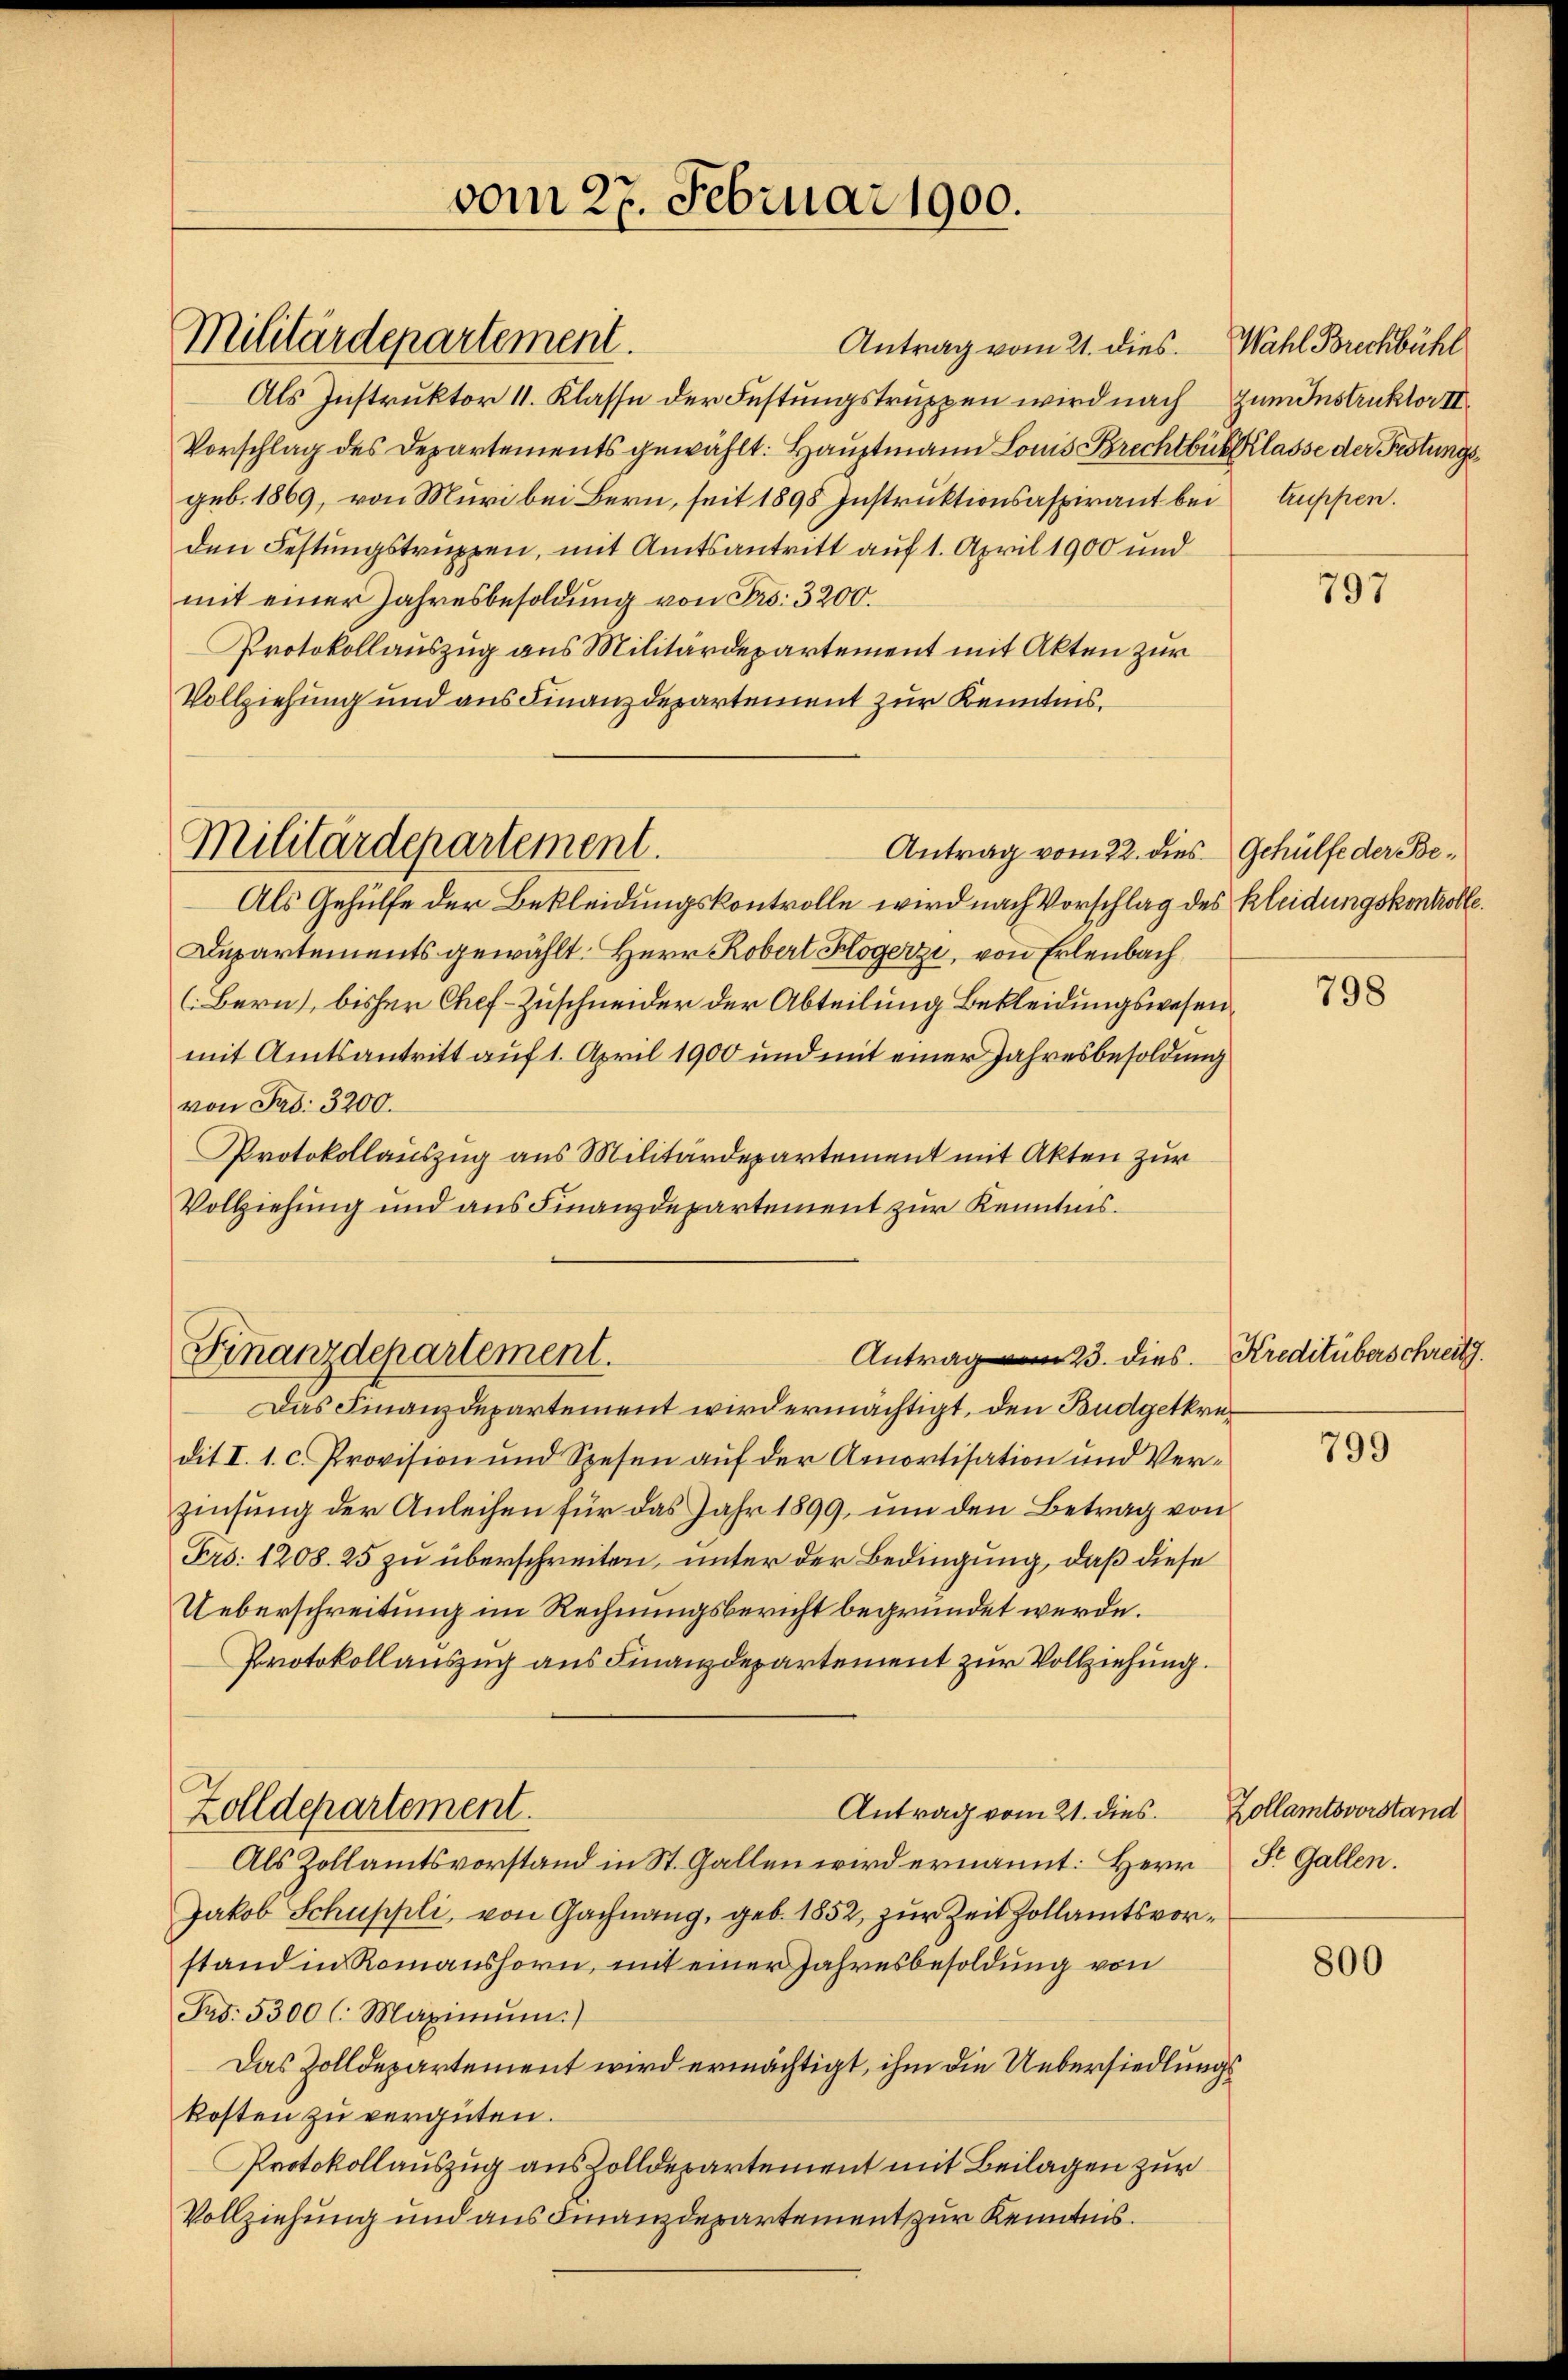
Militärdepartement.

Antrag vom 21. dies. Wahl Brechbühl
Als Instruktor 11. Klasse der Festungstruppen wird nach Gum Instruktor II
Vorschlag des Departements gewählt: Hauptmann Louis Brechtbühl lasse der Festungsgeb. 1869, von Muri bei Bern, seit 1898 Instruktionsaspirant bei truppen.
den Festungstruppen, mit Amtsantritt auf 1. April 1900 und
mit einer Jahresbesoldung von Frs. 3200.
Protokollauszug aus Militärdepartement mit Akten zur
Vollziehung und aus Finanzdepartement zur Kenntnis.
Antrag vom 22. dies Gehülfe der Be¬
Als Gehülfe der Bekleidungskontrolle wird nach Vorschlag des Kleidungskontrolle
Departements gewählt. Herr Robert Hogerzi, von Erlenbach
(Bern, bisher Chef-Zuschneider der Abteilung Bekleidungswesenmit Amtsantritt auf 1. April 1900 und mit einer Jahresbesoldung
von Jad: 3200.
Protokollauszug aus Militärdepartement mit Akten zur
Vollziehung und aus Finanzdepartement zur Kenntnis.
Antrag vom 23. dies. Kreditüberschreitg
Finanzdepartement.
Das Finanzdepartement wird ermächtigt, den Budgetkredit I. 1. c. Provision und Spesen auf der Amortisation und Verzinsung der Anleihen für das Jahr 1899, um den Betrag von
Fro: 1208. 25 zu überschreiten, unter der Bedingung, daß diese
Ueberschreitung im Rechnungsbericht begründet werde.
Protokollauszug aus Finanzdepartement zur Vollziehung.
Zolldepartement.
Antrag vom 21. dies
Als Zollamtsvorstand in St. Gallen wird ernannt: Herr St. Gallen.
Jakob Schuppli, von Gachnang, geb. 1852, zur Zeit Zollamtsvorstand in Romanshorn, mit einer Jahresbesoldung von
Frd. 5300 l. Maximŭm.)
Das Zolldepartement wird ermächtigt, ihm die Uebersiedlungskosten zu vergüten.
Protokollauszug aus Zolldepartement mit Beilagen zur
Vollziehung und aus Finanzdepartement zur Kenntnis.

Militärdepartement.

vom 27. Februar 1900.

797

798

799

Zollamtsvorstand

800